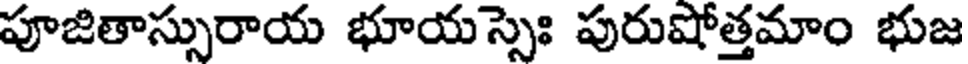
పూజితాస్సురాయ భూయస్సెః పురుషోత్తమాం భుజ